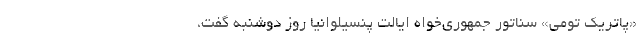
«پاتریک تومی» سناتور جمهوری‌خواه ایالت پنسیلوانیا روز دوشنبه گفت،